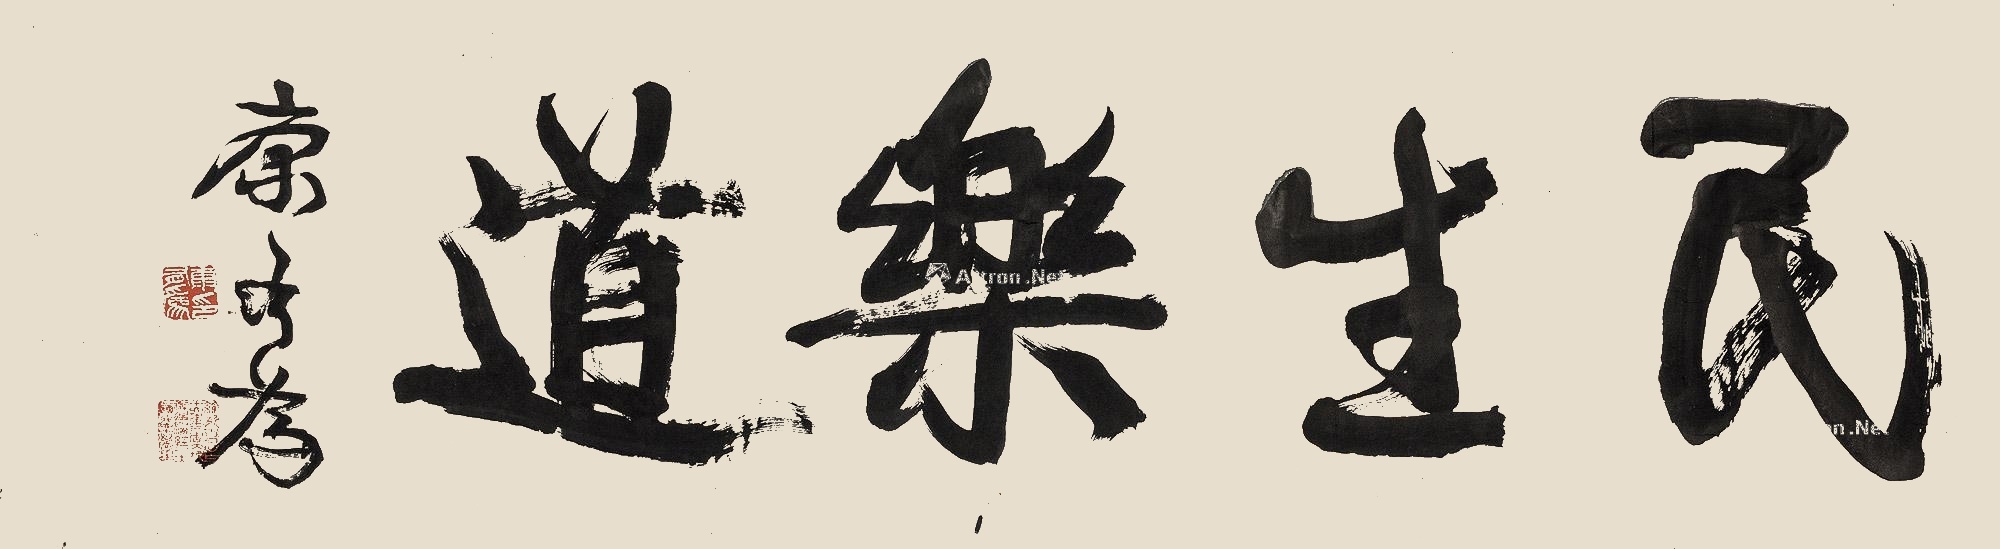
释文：民生乐道康有为。